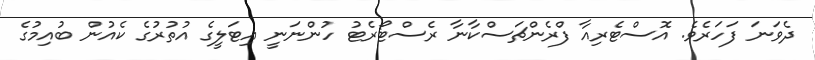
ދެވަނަ ފަހަރެވެ. އޮސްޓެރިއާ ފްރެންޗަސްކާނާ ރެސްޓޯރެޓު ހުންނަނީ އިޓަލީގެ އުތުރުގެ ކެއުން ބުއިމުގެ